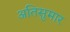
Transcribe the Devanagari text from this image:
अतिसुमार